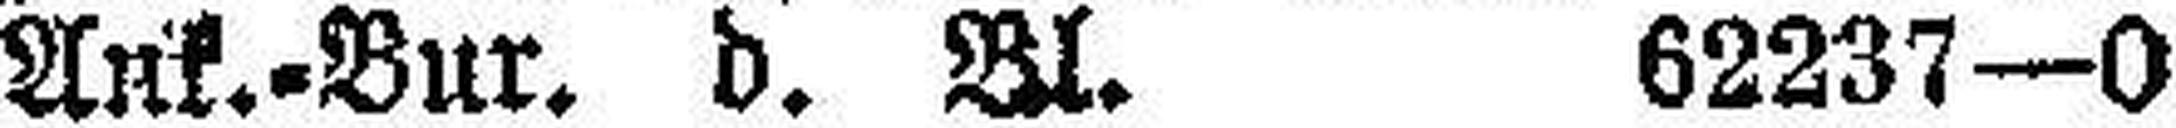
Ank.=Bur. d. Bl. 62237—0